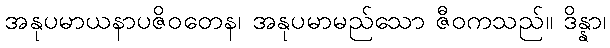
အနုပမာယနာပဇိဝတေန၊ အနုပမာမည်သော ဇီဝကသည်။ ဒိန္နာ၊